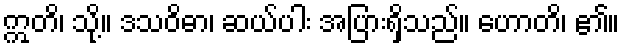
ဣတိ၊ သို့။ ဒသဝိဓာ၊ ဆယ်ပါး အပြားရှိသည်။ ဟောတိ၊ ၏။